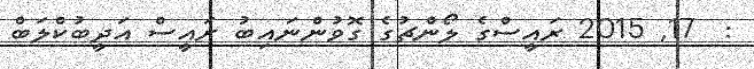
:  17